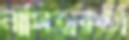
নাসিত্মকতা